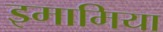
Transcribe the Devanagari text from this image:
इमामिया